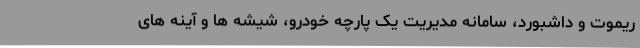
ریموت و داشبورد، سامانه مدیریت یک پارچه خودرو، شیشه ها و آینه های